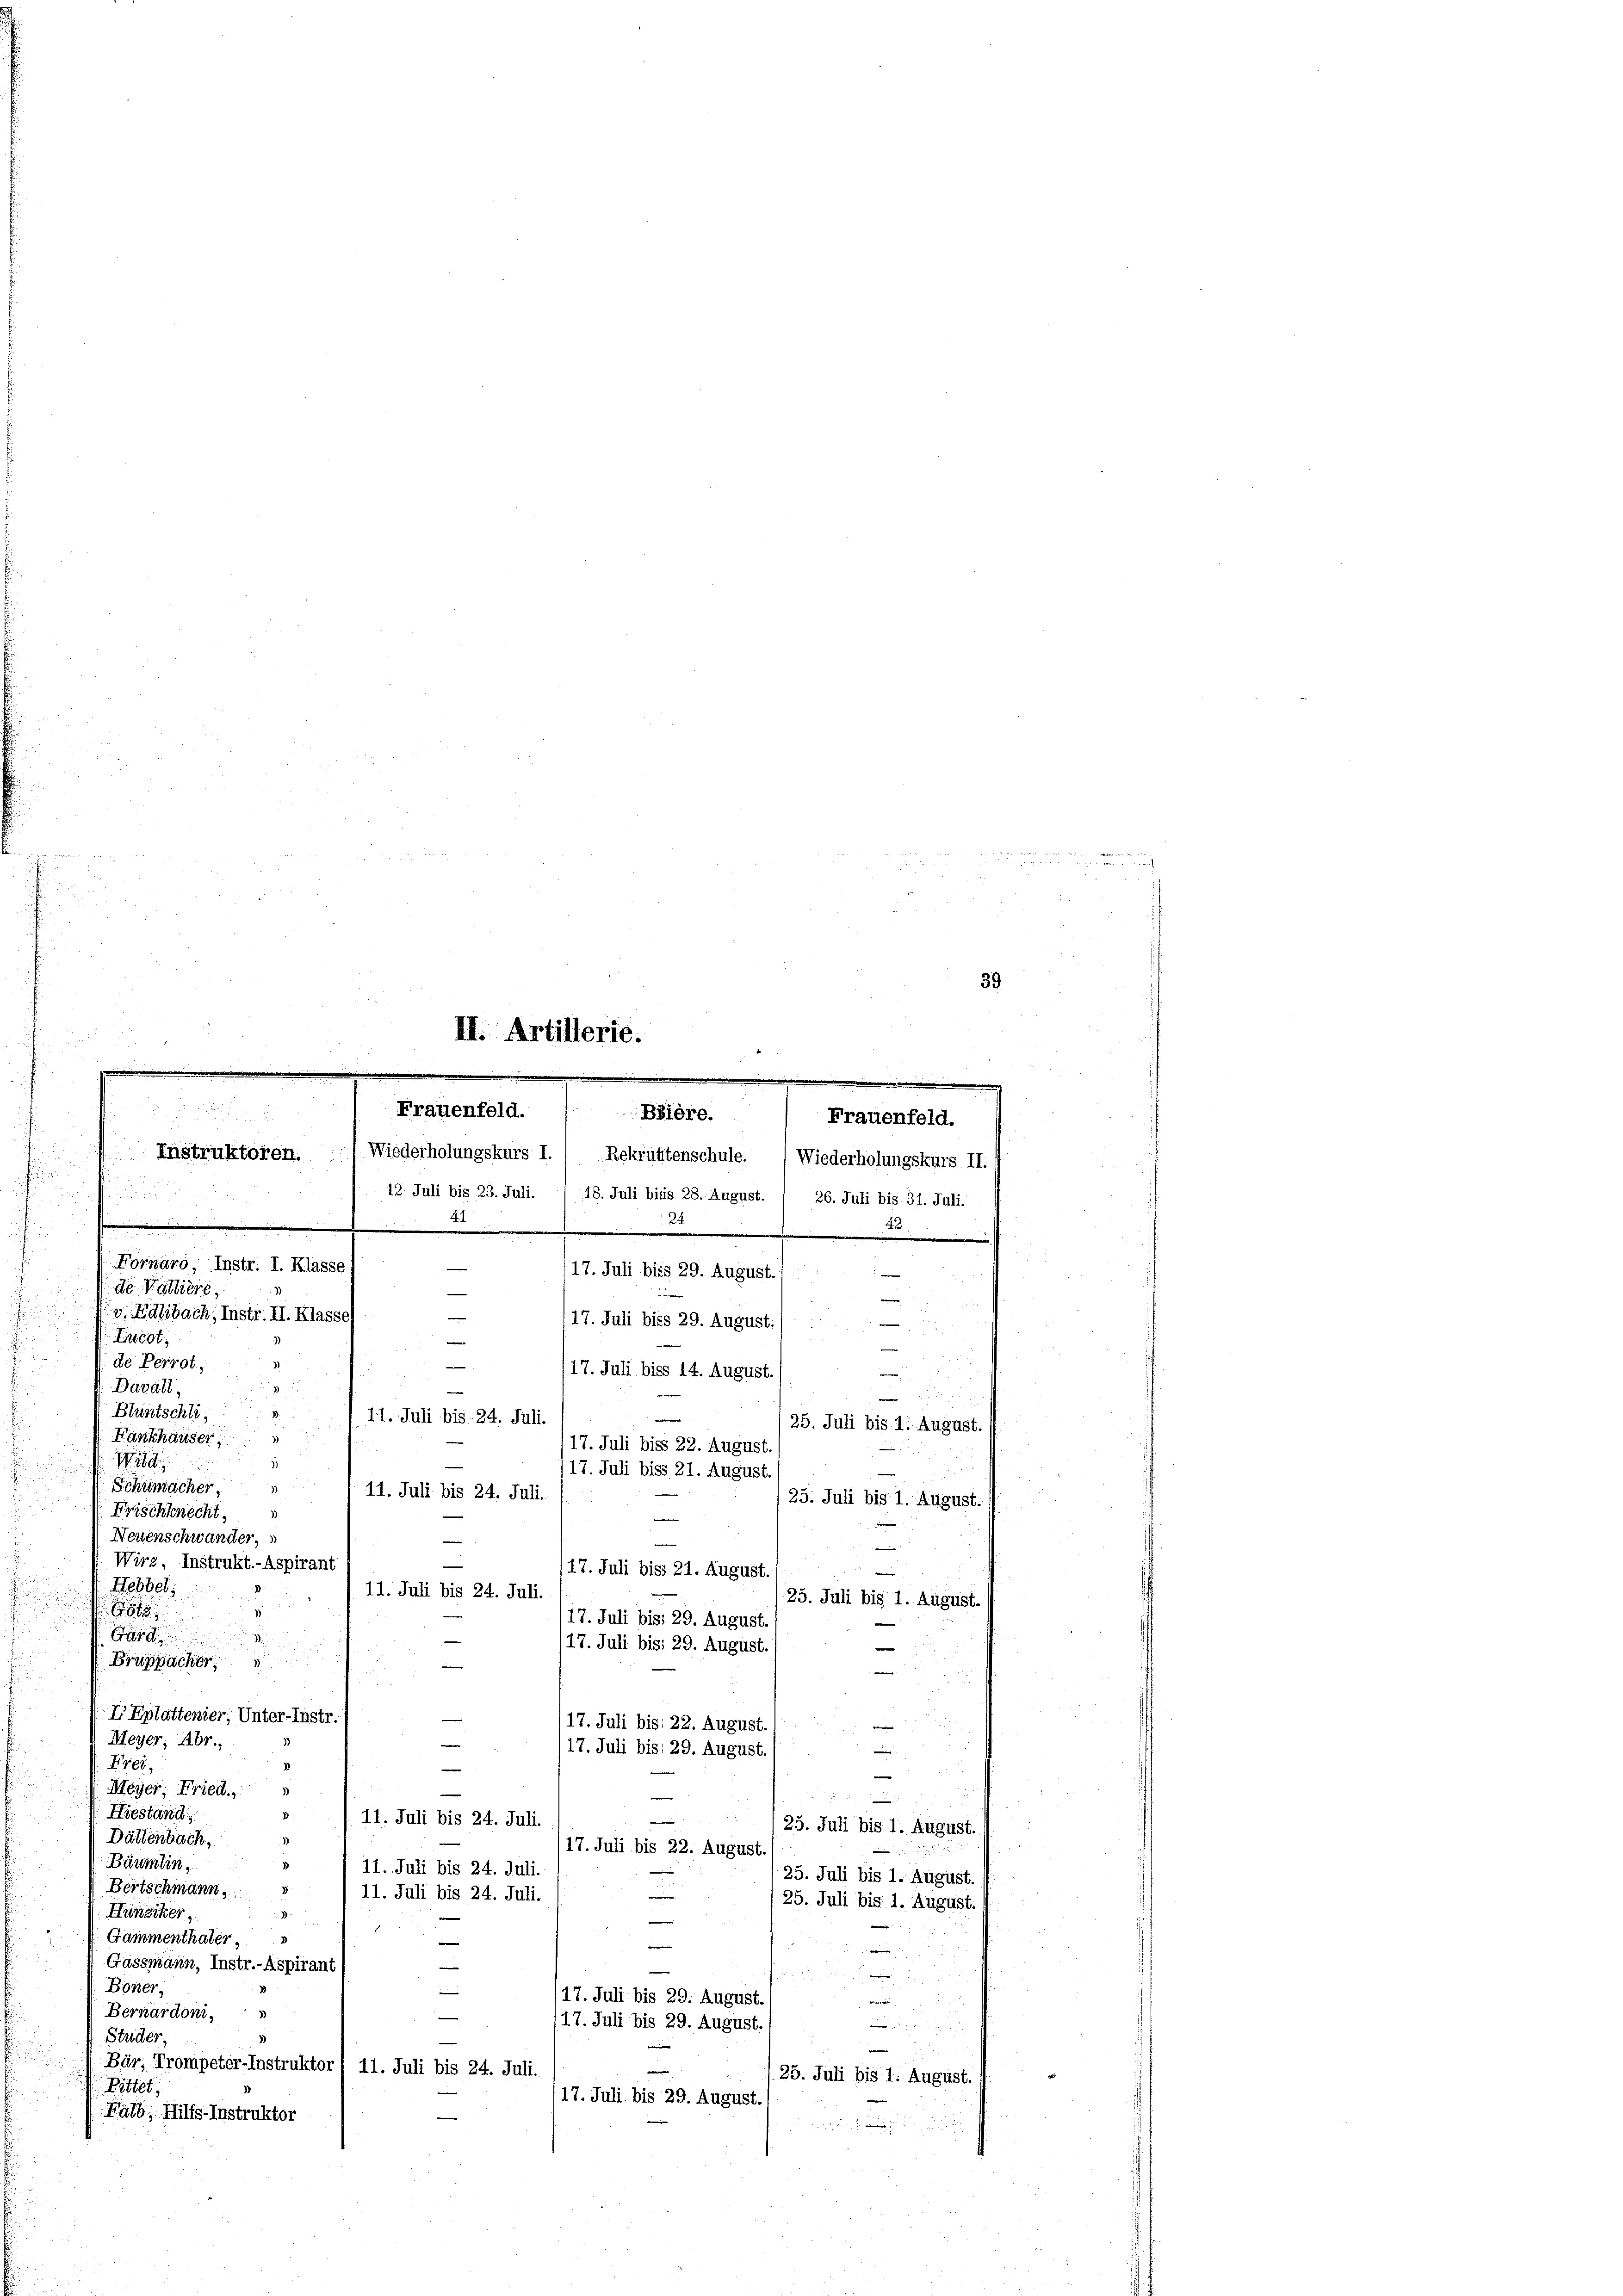
n
12. Juli bis 23. Juli. / 18. Juli biss 28. August. / 26. Juli bis 31. Juli.
.
121
.
Fornaro, Instr. I. Klasse
de Valliere,
v. Laibach, Instr. II. Klasse)
i
Lntest.
de Perrot,
Davall,
Bluntschli,

11. Juli bis. 24. Juli.
25. Juli bis 1. August.
Fankhäuser
17. Juli bis 22. August.
1)
Wild
117. Juli bis 21. August.
7
Schumacher,
11. Juli bis 24. Juli.
23. Juli bis 1. August.
Frischknecht.
Neuenschwander,
e
Wirz, Instrukt.- Aspirant
17. Juli bis 21. August.
Hebbel
11. Juli bis 24. Juli.
 25. Juli bis 1. August.
n

17. Juli bis 29. August.
G
17. Juli bis 29. August.
Bruppacher
—
1
I Eplattenier, Unter-Instr.
117. Juli bis 22. August

V. Meyer, Abr.,
17. Juli bis 29. August.
.
Frei
8
-
z
Meyer, Fried.
n
Hieständ
V.
11. Juli bis 24. Juli
(25. Juli bis 1. August.
Dättenbach,
1
17. Juli bis 22. August
Bäumlin
1
11. Juli bis 24. Juli.
25. Juli bis 1. August.
Bertschmann
11. Juli bis 24. Juli.
25. Juli bis 1. August.
Hüneiter
1
2
Gämmenthaler
e
2
Gassmann, Instr.-Aspirant
e
Boner,
17. Juli bis 29. August.
e
Bernardoni,
(17. Juli bis 29. August.
e
Studer
u
Bär, Trompeter-Instruktor / 11. Juli bis 24. Juli.
25. Juli bis 1. August.
Rittet.
(17. Juli bis 29. August.
Halb, Hilfs-Instruktor
2

s

39

II. Artillerie.
.
Frauenfeld.
Biière.
Frauenfeld.
Instruktoren. 1 Wiederholungskurs I. / Rekruttenschule. (Wiederholungskurs II.

—

17. Juli biss 29. August

(17. Juli biss 29. August./
17. Juli biss 14. August.

e

e